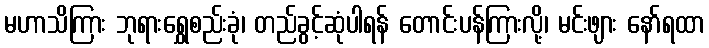
မဟာသိကြား ဘုရားရွှေစည်းခုံ၊ တည်ခွင့်ဆုံပါရန် တောင်းပန်ကြားလို့၊ မင်းဖျား နော်ရထာ